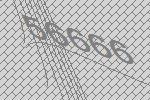
56666